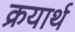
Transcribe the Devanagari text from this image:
क्रयार्थ